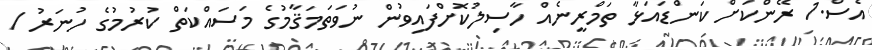
އެސް.1 ރޭންކަށް ކަންޑައަޅާ ތަމްރީނެއް ހާސިލުކޮށްފައިވުން ނުވަތަމަޤާމުގެ މަސައްކަތް ކުރުމުގެ ހުނަރު /